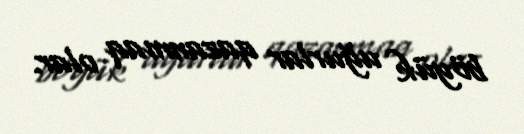
böyük uğurlar qazanmaq olar.